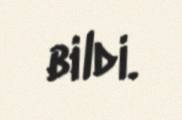
bildi.